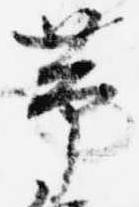
帯